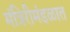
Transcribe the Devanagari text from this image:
मंत्रिरीमंडळात